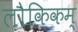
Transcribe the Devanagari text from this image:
लौकिकम्